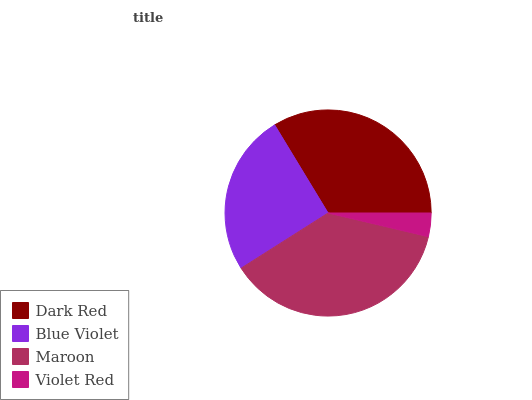
| Dark Red | Blue Violet | Maroon | Violet Red |
 | --- | --- | --- | --- |
 | 33.7% | 25.3% | 37.2% | 3.69% |